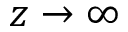
z \rightarrow \infty